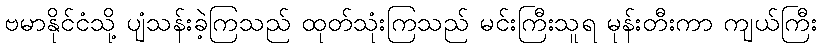
ဗမာနိုင်ငံသို့ ပျံသန်းခဲ့ကြသည် ထုတ်သုံးကြသည် မင်းကြီးသူရ မုန်းတီးကာ ကျယ်ကြီး